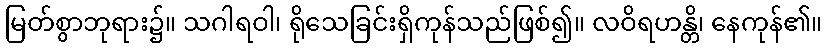
မြတ်စွာဘုရား၌။ သဂါရဝါ၊ ရိုသေခြင်းရှိကုန်သည်ဖြစ်၍။ လဝိရဟန္တိ၊ နေကုန်၏။